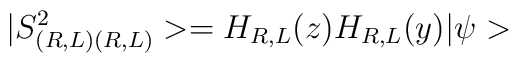
|S^{2}_{(R,L)(R,L)}>=H_{R,L}(z)H_{R,L}(y)|\psi>